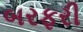
બરફરી